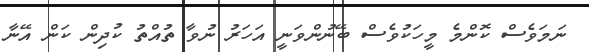
ނަމަވެސް ކޮންމެ މީހަކުވެސް ބޭނުންވަނީ އަހަރު ނުވާ ތުއްތު ކުދިން ކަން އޭނާ